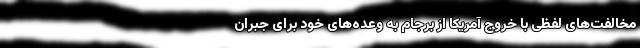
مخالفت‌های لفظی با خروج آمریکا از برجام به وعده‌های خود برای جبران